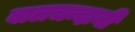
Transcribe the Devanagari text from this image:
बालचन्दानी